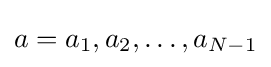
a={a_{1},a_{2},\dots ,a_{N-1}}